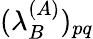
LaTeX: (\lambda_{B}^{(A)})_{pq}